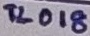
Text: TL018